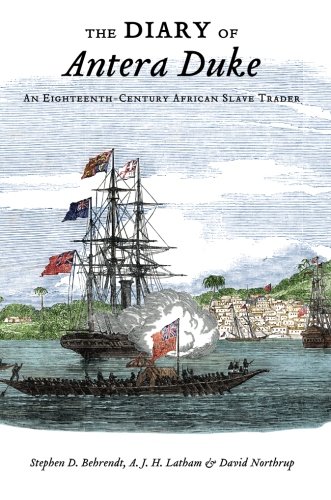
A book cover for The Diary of Antera Duke: An Eighteenth-Century African Slave Trader; Stephen D. Behrendt; Biographies & Memoirs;